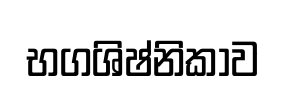
භගශිෂ්නිකාව